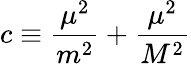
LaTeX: c\equiv\frac{\mu^{2}}{m^{2}}+\frac{\mu^{2}}{M^{2}}